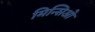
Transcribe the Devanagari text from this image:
मिन्सिओ